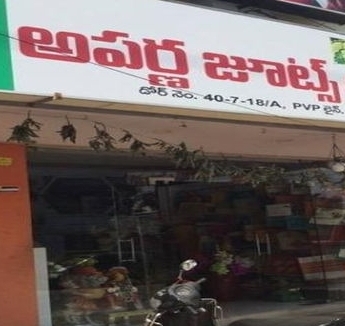
Language: telugu
Transcription: జూట్స్ అపర్ణ నెం.